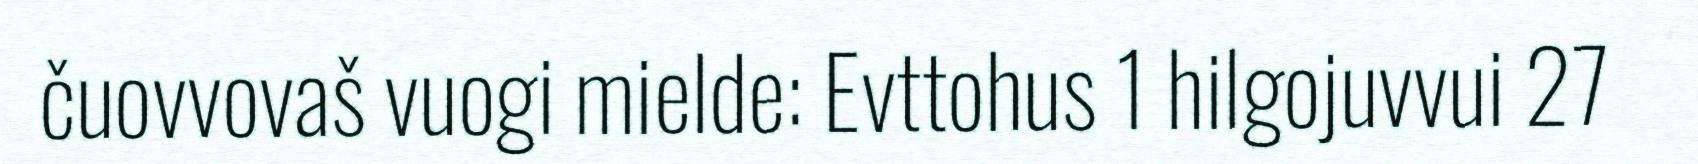
čuovvovaš vuogi mielde: Evttohus 1 hilgojuvvui 27